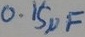
Text: 0.15µF